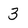
Character: 3